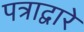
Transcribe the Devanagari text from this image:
पत्राद्वारे